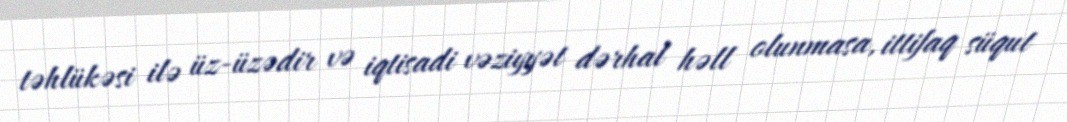
təhlükəsi ilə üz-üzədir və iqtisadi vəziyyət dərhal həll olunmasa, ittifaq süqut